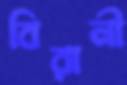
বিরানী